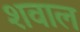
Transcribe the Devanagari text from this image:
शवाल